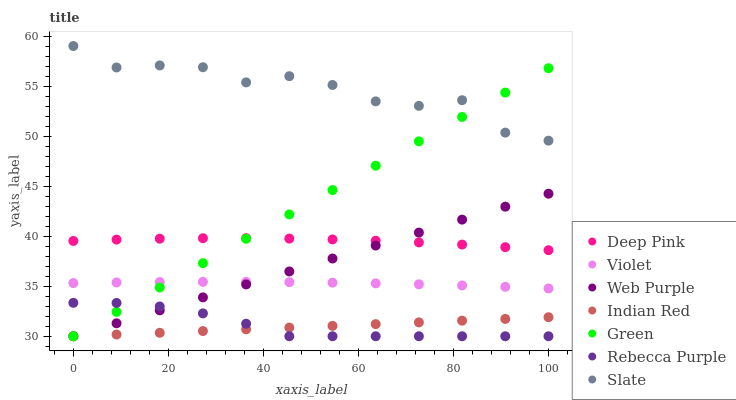
| xaxis_label | Deep Pink | Violet | Web Purple | Indian Red | Green | Rebecca Purple | Slate |
 | --- | --- | --- | --- | --- | --- | --- | --- |
 | 0 | 39.5 | 35.3 | 30 | 30 | 30 | 33.3 | 59 |
 | 9.09 | 39.7 | 35.4 | 31.3 | 30.2 | 32.4 | 33.3 | 56.9 |
 | 18.2 | 39.7 | 35.4 | 32.6 | 30.3 | 34.9 | 33 | 57.1 |
 | 27.3 | 39.8 | 35.4 | 33.9 | 30.5 | 37.3 | 32.3 | 56.9 |
 | 36.4 | 39.8 | 35.4 | 35.2 | 30.7 | 39.7 | 31.3 | 55.4 |
 | 45.5 | 39.8 | 35.4 | 36.5 | 30.9 | 42.2 | 30 | 56 |
 | 54.5 | 39.7 | 35.4 | 37.8 | 31 | 44.6 | 30 | 55.1 |
 | 63.6 | 39.5 | 35.3 | 39.1 | 31.2 | 47 | 30 | 53.5 |
 | 72.7 | 39.4 | 35.2 | 40.4 | 31.4 | 49.5 | 30 | 53 |
 | 81.8 | 39.2 | 35.1 | 41.7 | 31.6 | 51.9 | 30 | 53.6 |
 | 90.9 | 38.9 | 34.9 | 42.9 | 31.7 | 54.3 | 30 | 50.3 |
 | 100 | 38.6 | 34.8 | 44.2 | 31.9 | 56.8 | 30 | 49.5 |